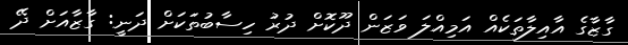
ގާޒާގެ އާއިލާތަކެއް އަމިއްލަ ވަޒަން ދޫކޮށް ދުރު ހިސާބުތަކަށް ދަނީ: ގާޒާއަށް ދޭ